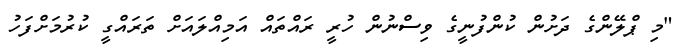
"މި ޕްލޭންގެ ދަށުން ކުންފުނީގެ ވިސްނުން ހުރީ ރައްތައް އަމިއްލައަށް ތަރައްގީ ކުރުމަށްފަހު